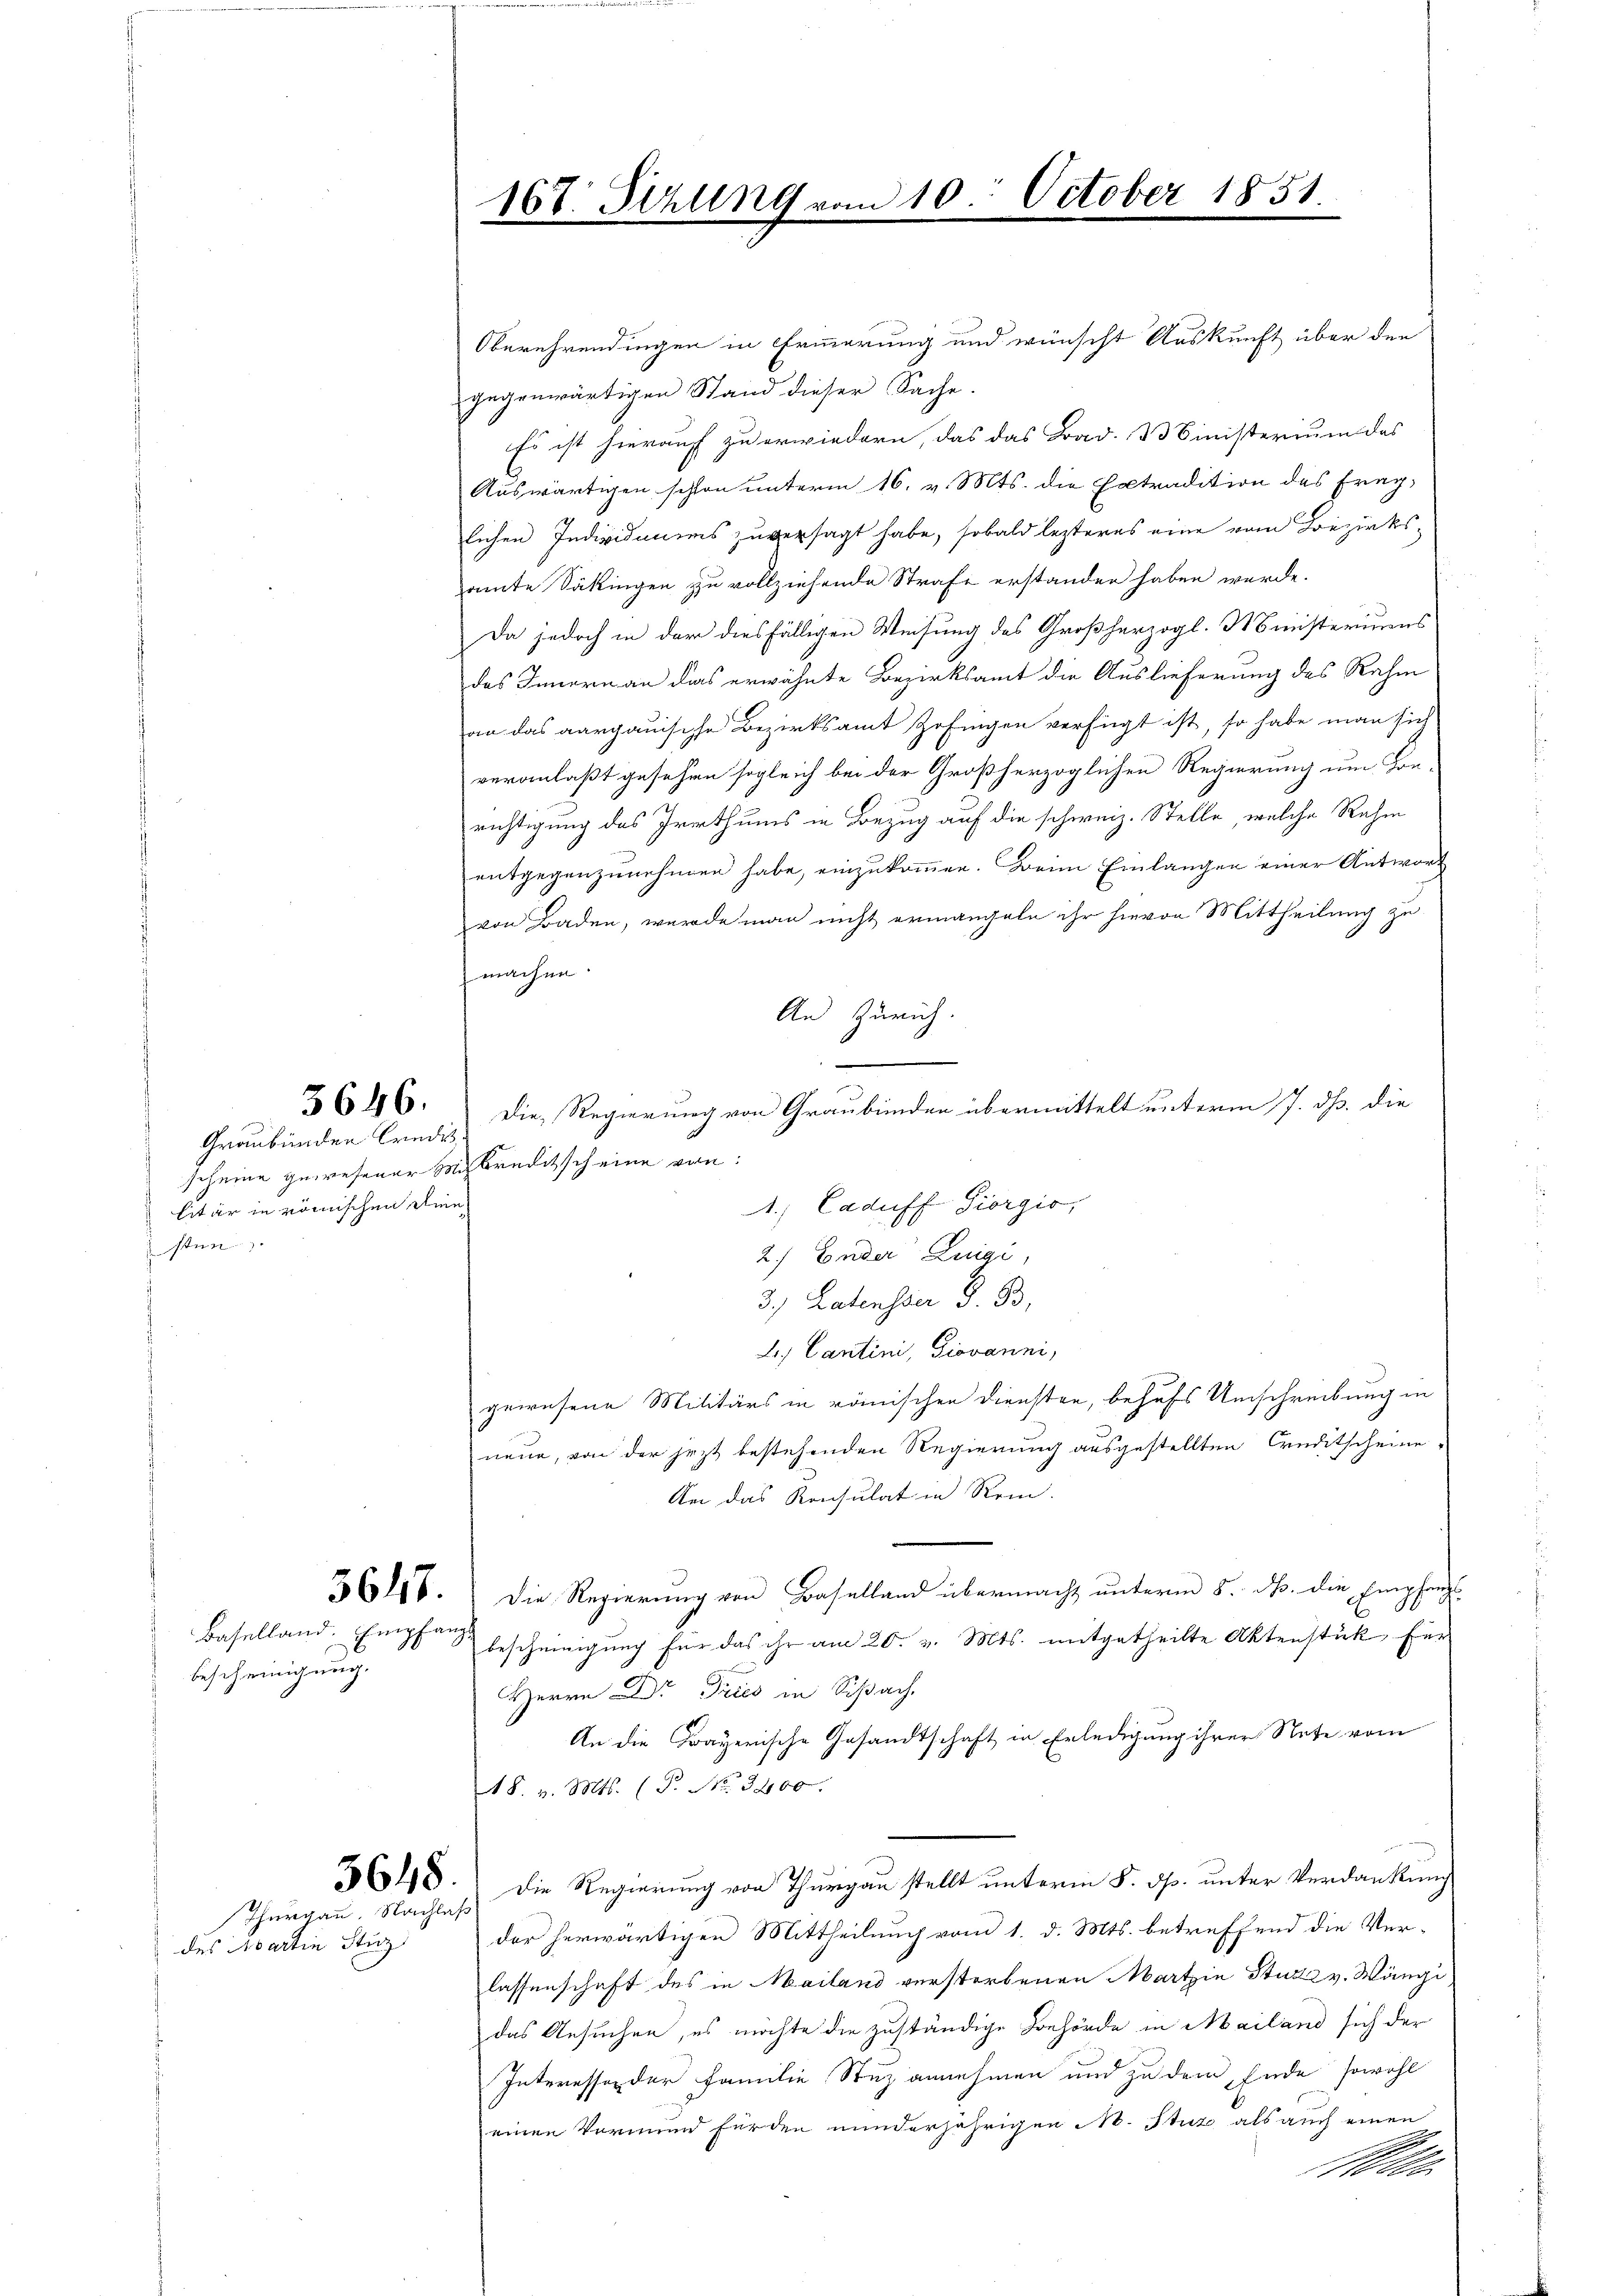
3646.

Graubünden Credit.
scheine gewesener Miskreditscheine von:
litär in römischen Dien
sten

bescheinigung.

Purgau. Nachlaß

des Partin Sturz

Oberehrendungen in Erinnerung und wünscht Auskunft über den
gegenwärtigen Stand dieser Sache.
Es ist hierauf zu erwiedern, das das Bad. Binisterium des
Auswärtigen schon unterm 16. v. Mts. die Extradition des Fraglichen Individuums zuversagt habe, sobald lezteres eine vom Bezirksamte Säkingen zu vollziehende Strafe erstanden haben werde.
Da jedoch in der diesfälligen Weisung des Großherzogl. Ministeriums
des Innern an das erwähnte Bezirksamt die Auslieferung des Rahm
an das aargauische Bezirksamt Zofingen verfügt ist, so habe man sich
veranlaßt gesehen sogleich bei der Großherzoglichen Regierung um Kon-
richtigung des Irrthums in Bezug auf die schweiz. Stelle, welche Rahm
entgegenzunehmen habe, einzukommen. Beim Einlangen einer Antwort
von Baden, wurde man nicht ermangeln ihr hievon Mittheilung zu
machen.
An Zürich.
e
Die Regierung von Graubünden übermittelt unterm 7. ds. die
1.) Caduff Giorgio,
2) Ender Luigi,
3.) Latenster d. B.
L. Cantini, Giovanni,
gewesene Militärs in römischen Diensten, behufs Umschreibung in
neue, von der jezt bestehenden Regierung ausgestellten Creditscheine
An das Konsulat in Rein.
36186. Die Regierung von Baselland übermacht unterm 8. d. die Empfangs¬
Baselland Empfang bescheinigung für das ihr am 20. v. Mts. mitgetheilte Aktenstück für
Herrn Dr Tries in Schach
An die Frayerische Gesandtschaft in Erledigung ihrer Note vom
18. v. Mts. (T. No. 3400.
5648.) Die Regierung von Thurgau stellt unterm 5. ds. unter Verdankung
der herwärtigen Mittheilung vom 1. d. Mts. betreffend die Verlassenschaft des in Mailand verstorbenen Martin Sturz v. Wängi
das Gesuchen, es möchte die zuständige Behörde in Mailand sich der
Interessor der Familie Stuz annehmen und zu dem Ende sowohl
einen Vormund fürden minderjährigen N. Stuz als auch einen
Bl

167. Schling von

310 October 1851.